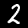
Label: 2